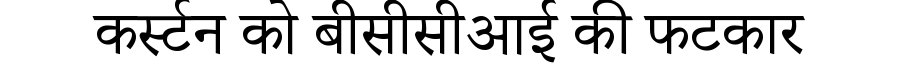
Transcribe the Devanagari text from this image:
कर्स्टन को बीसीसीआई की फटकार